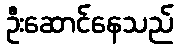
ဦးဆောင်နေသည်